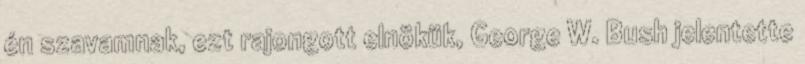
én szavamnak, ezt rajongott elnökük, George W. Bush jelentette